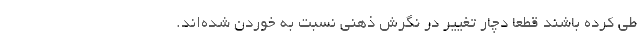
طی کرده باشند قطعا دچار تغییر در نگرش ذهنی نسبت به خوردن شده‌اند.